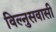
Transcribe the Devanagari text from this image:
विल्नुसवासी